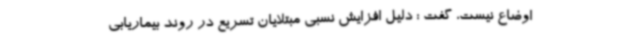
اوضاع نیست، گفت : دلیل افزایش نسبی مبتلایان تسریع در روند بیماریابی